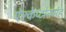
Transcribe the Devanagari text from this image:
ऐल्केप्टोनमेह